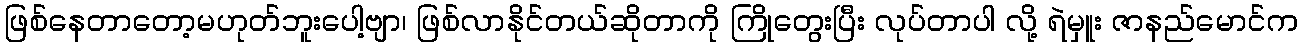
ဖြစ်နေတာတော့မဟုတ်ဘူးပေါ့ဗျာ၊ ဖြစ်လာနိုင်တယ်ဆိုတာကို ကြိုတွေးပြီး လုပ်တာပါ လို့ ရဲမှူး ဇာနည်မောင်က